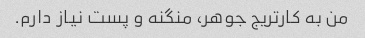
من به کارتریج جوهر، منگنه و پست نیاز دارم.